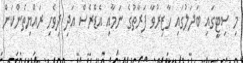
މި ސިޓީގައި ބަދަލުގައި ހާޒިރުވާ ފަރާތުގެ ނަމާއި އެޑްރެސް އަދި ދިވެހި ރައްޔިތެންކަން